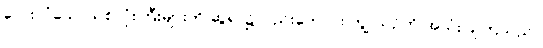
လေးလံသောသစ်လုံးကြီးများကို ဆွဲရာ၌လည်းကောင်း ကျွဲ ယဉ်ကို အသုံးပြုကြသည်။